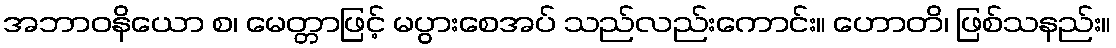
အဘာဝနိယော စ၊ မေတ္တာဖြင့် မပွားစေအပ် သည်လည်းကောင်း။ ဟောတိ၊ ဖြစ်သနည်း။